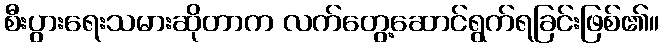
စီးပွားရေးသမားဆိုတာက လက်တွေ့ဆောင်ရွက်ရခြင်းဖြစ်၏။